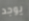
يوجد